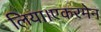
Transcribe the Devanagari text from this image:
लिया।एकरमेन